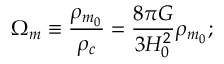
\Omega _ { m } \equiv { \frac { \rho _ { m _ { 0 } } } { \rho _ { c } } } = { \frac { 8 \pi G } { 3 H _ { 0 } ^ { 2 } } } \rho _ { m _ { 0 } } ;